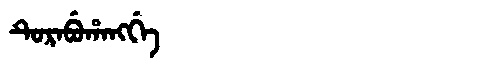
Manchu: ᡨᡠᡵᠠᠪᡠᡥᠠᠩᡤᡝ
Romanization: TURABUHANGGE